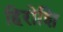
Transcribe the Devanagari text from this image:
हिरोशि